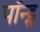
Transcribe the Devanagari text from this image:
पॉन्ट्स